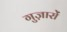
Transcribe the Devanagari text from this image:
गुज़ारों